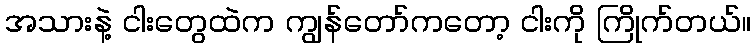
အသားနဲ့ ငါးတွေထဲက ကျွန်တော်ကတော့ ငါးကို ကြိုက်တယ်။